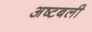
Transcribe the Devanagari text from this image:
अष्टबली